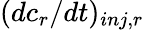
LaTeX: (dc_{r}/dt)_{inj,r}